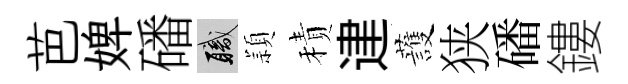
芭婢磻職頴積䢖䕶狭磻鏤